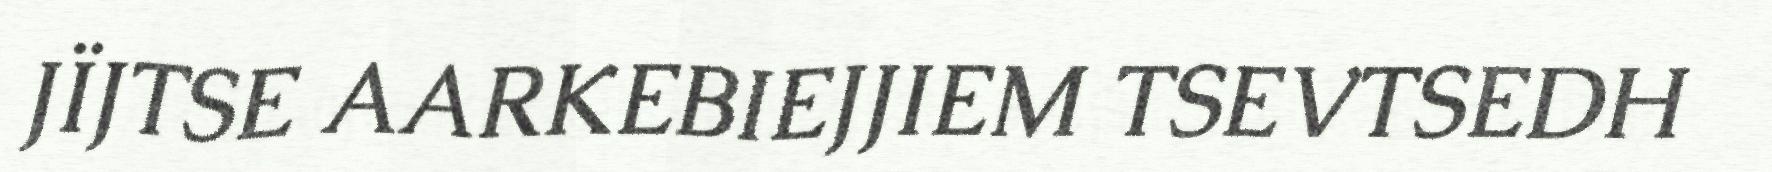
JÏJTSE AARKEBIEJJIEM TSEVTSEDH